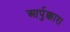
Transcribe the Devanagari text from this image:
आर्पुक्कारा